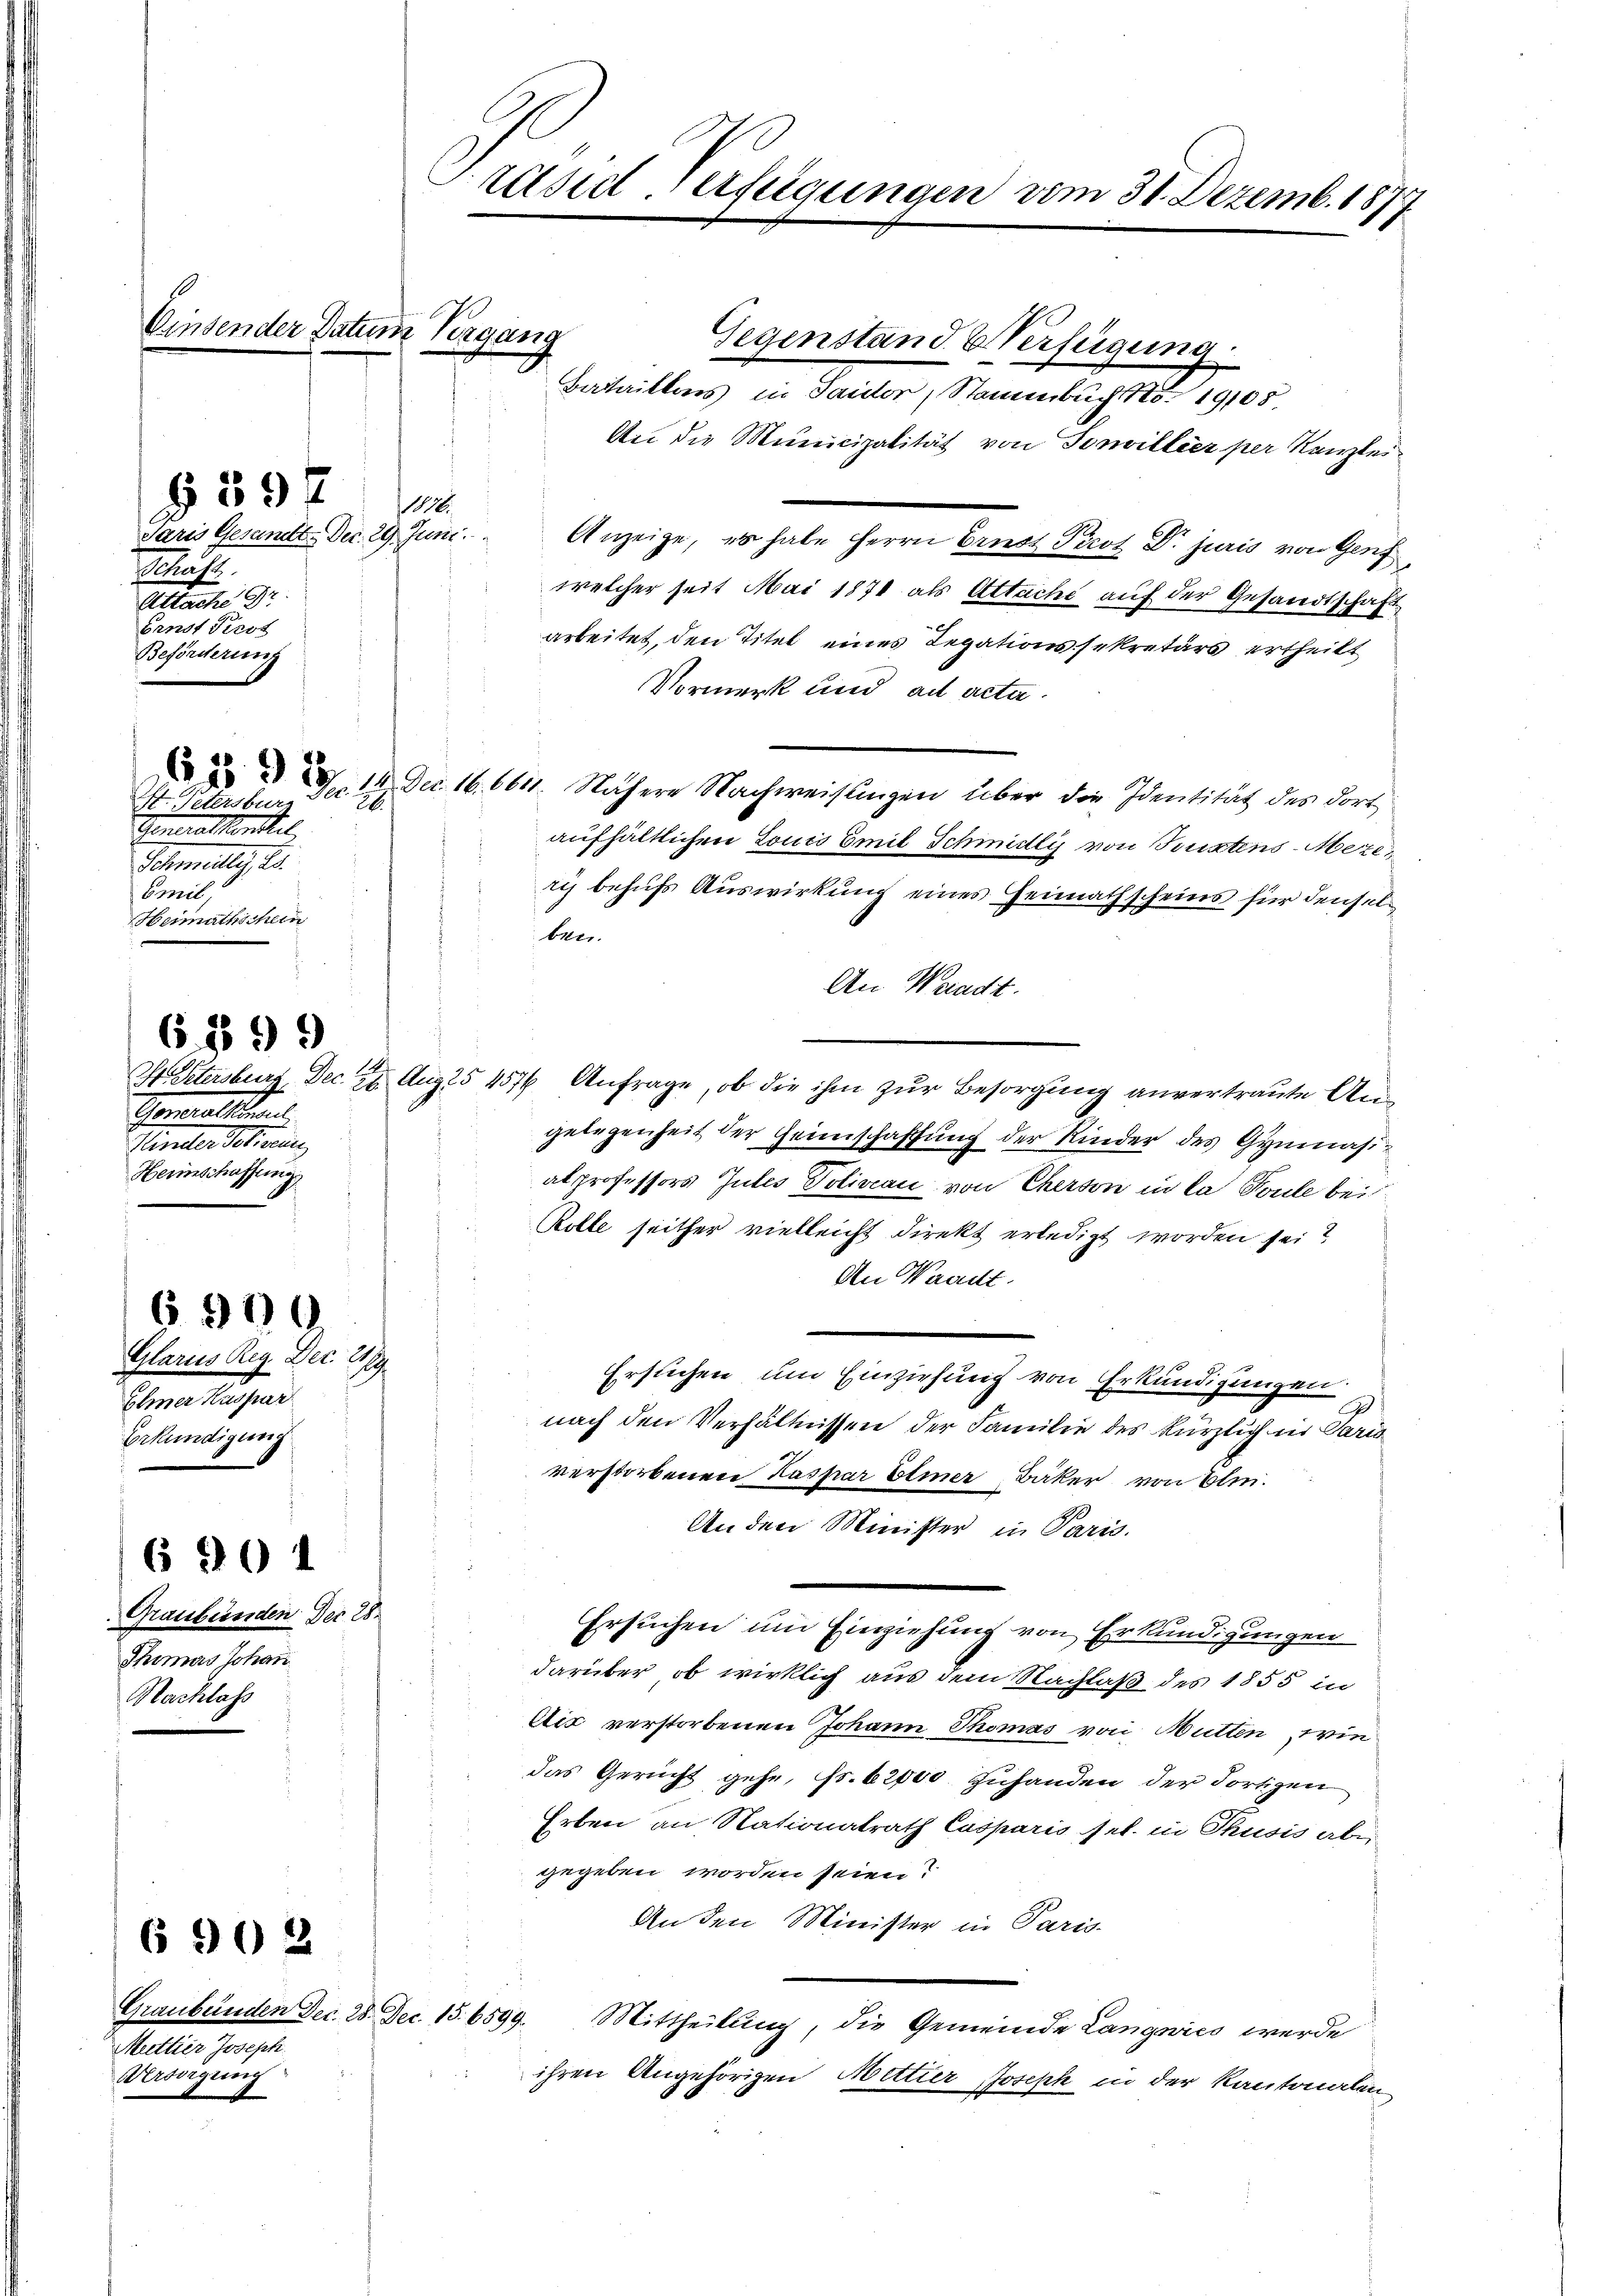
Paris Gesundtt-Dec. 29. Juni.
Schäft
Allach Gr
Fenst Prot
Beförderung

§397

St. Petersburg
28.
Generalkonstil
Schmittag
Emil,
Heimathschein

6 1899

Glarus Reg. Dec. 2179.
Elmer Kaspar
Erkundigung

5900

690 1

Einsender Datum Vergang

6 902

Graubünden. Der 28.
Thomas Johan
Nachlass

Präsiderfügungen vom 31. Dezemb. 187
h

Gemeillen
Hereller Seinen
Herinschaffung

Graubünden Dec. 28. Dec. 15. 6599.
Muttier Joseph
Werödigung

Gegenstand Verfügung
Baitrittens in Taidor, Stammbucht 19105
An die Municipalität von Torwillier per Kanzlei-
Anzeige, es habe Herrn Ernst Picot Dr. juris von Genf
welcher seit Mai 1871 als Attache auf der Gesandtschaft
arbeitet, den Titel eines Legationssekretärs ertheilt
Vormerk und ad acta.
 8/14. Dec. 16. 6611. Nähere Nachweisungen über die Identität des dort,
aufhältlichen Louis Emil Schmidlis von Textens-Meze,
ris behufs Auswirkung eines Heimathscheins für denselben.
An Waadt.
Hüetersburg, Dec. 22. Aug 5 457 Anfrage, ob die ihm zur Besorgung anvertraute Angelegenheit der Heimschaffung der Kinder des Gymnasialprofessors Gutes Poliveau von Cherson in la Poule bei
Rolle seither vielleicht direkt erledigt worden sei?
An Waadt.
Ersuchen, um Einziehung von Erkundigungen.
2
nach den Verhältnissen der Familie des kürzlich in Paris
verstorbenen Kaspar Elmer Bäker von Blei¬
An den Minister in Paris.
Ersuchen um Einziehung von Erkundigungen
darüber, ob wirklich aus dem Nachlaß des 1855 in
Aić verstorbenen Johann Thomas von Mütten, wie
das Gericht gehe, fs. 62000 Zuhanden der dortigen
Erben an Nationalrath Casparis sel. in Thusis abgegeben worden seien?
An den Minister in Paris
Mittheilung, die Gemeinde Langwies werde
ihren Angehörigen Mettier Joseph in der Kantonalen

110.